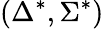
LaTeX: \left(\Delta^{*},\Sigma^{*}\right)